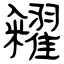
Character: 糴